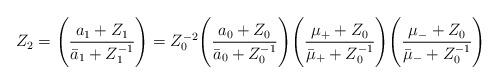
LaTeX: \begin{align*}Z_2=\Biggl(\frac{a_1+Z_1}{{\bar a}_1 +Z_1^{-1}}\Biggr)=Z_0^{-2}\Biggl(\frac{a_0+Z_0}{{\bar a}_0+Z_0^{-1}}\Biggr)\Biggl(\frac{\mu_+ +Z_0}{{\bar \mu}_++Z_0^{-1}}\Biggr)\Biggl(\frac{\mu_-+Z_0}{{\bar \mu}_- +Z_0^{-1}}\Biggr)\end{align*}